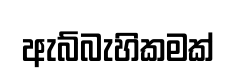
ඇබ්බැහිකමක්